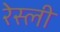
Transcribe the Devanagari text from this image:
रेस्ली